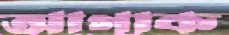
আগাক